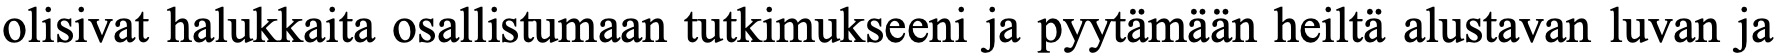
olisivat halukkaita osallistumaan tutkimukseeni ja pyytämään heiltä alustavan luvan ja